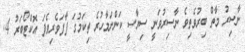
ނާސިރު މާތް ބިރުވެތިވެ ނާސިރުވަނީ ސިޔާސީ ކަންނަމާހުރެ ތިކަމުގަ ފާފަވެރިވެފަ އޮކްޓޯބަރު 4